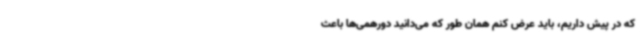
که در پیش داریم، باید عرض کنم همان طور که می‌دانید دورهمی‌ها باعث